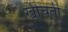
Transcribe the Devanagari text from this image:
खीचती